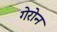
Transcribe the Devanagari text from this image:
गेरोन